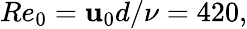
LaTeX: Re_{0}=\mathbf{u}_{0}d/\nu=420,